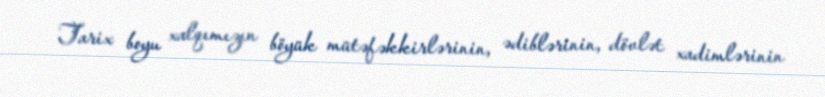
Tarix boyu xalqımızın böyük mütəfəkkirlərinin, ədiblərinin, dövlət xadimlərinin